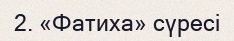
2. «Фатиха» сүресі